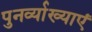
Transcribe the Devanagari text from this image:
पुनर्व्याख्याएं